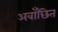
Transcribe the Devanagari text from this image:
अवाँछित